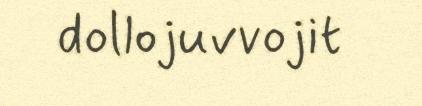
dollojuvvojit